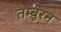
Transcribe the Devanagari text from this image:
तम्बुरन